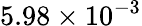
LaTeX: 5.98\times 10^{-3}